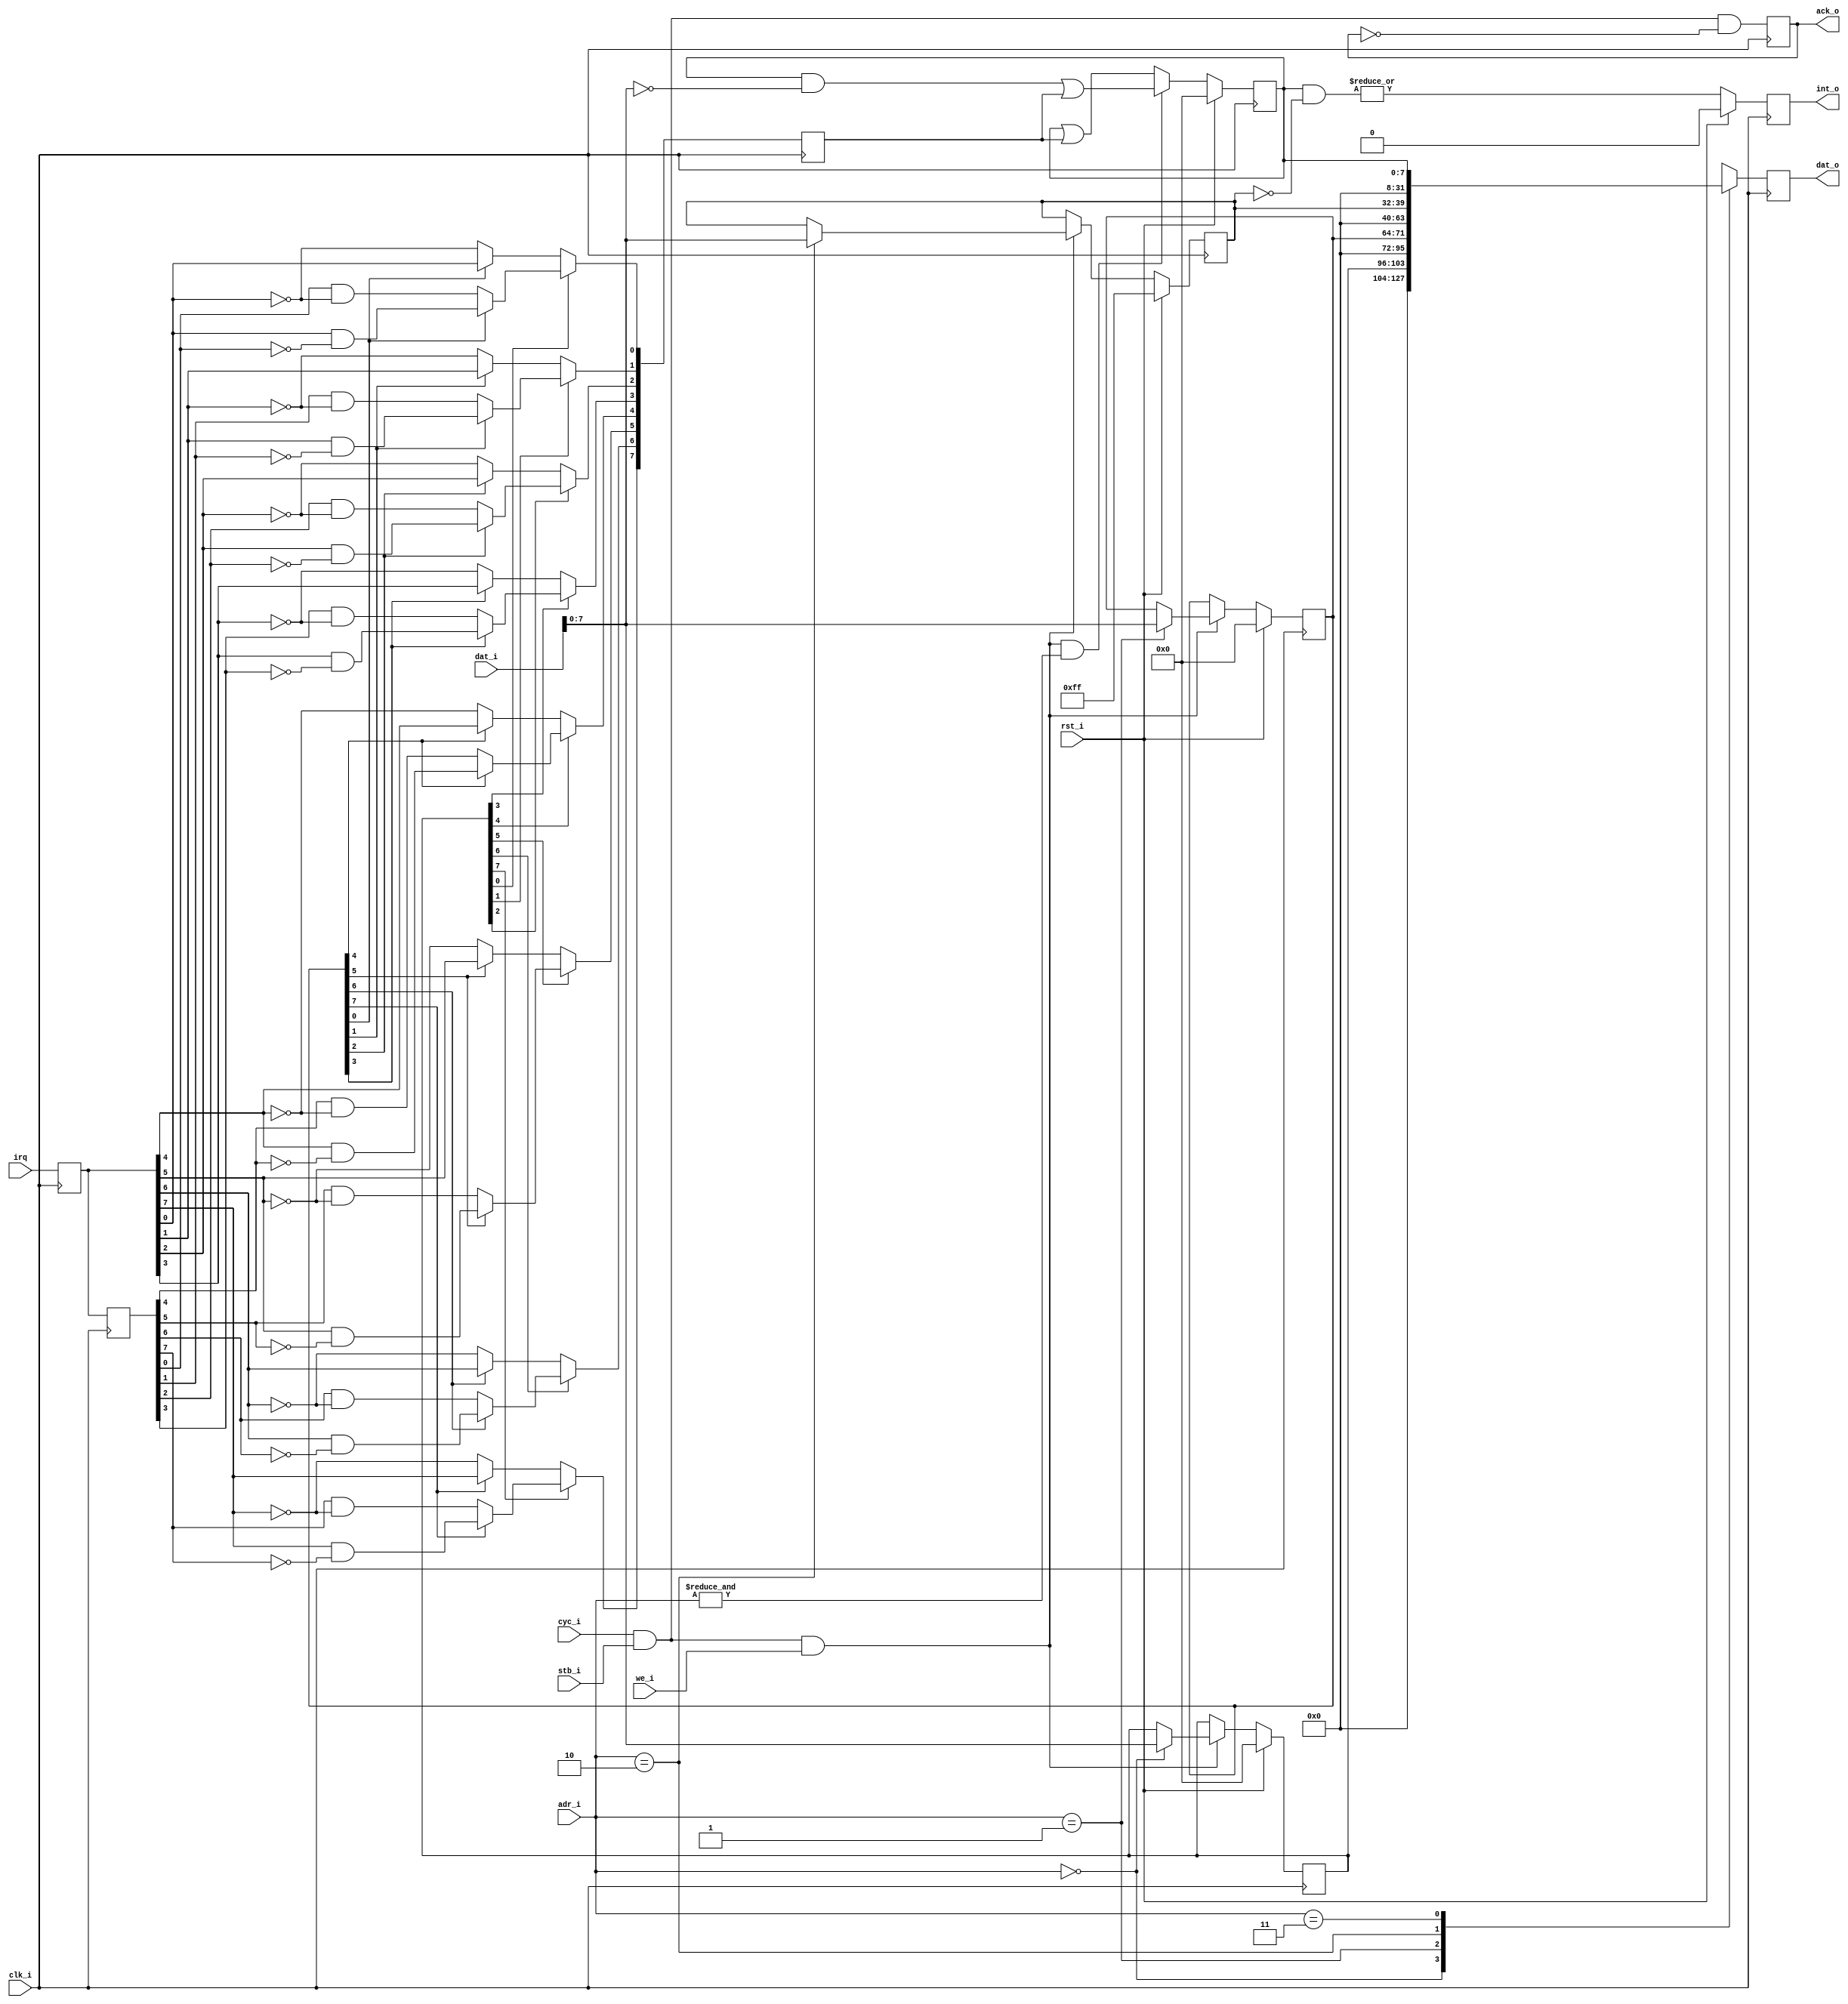

// Modified by M. Ettus, 2008 for 32 bit width

/////////////////////////////////////////////////////////////////////
////                                                             ////
////  OpenCores         Simple Programmable Interrupt Controller ////
////                                                             ////
////          richard@asics.ws                                   ////
////          www.asics.ws                                       ////
////                                                             ////
/////////////////////////////////////////////////////////////////////
////                                                             ////
//// Copyright (C) 2002 Richard Herveille                        ////
////                    richard@asics.ws                         ////
////                                                             ////
//// This source file may be used and distributed without        ////
//// restriction provided that this copyright statement is not   ////
//// removed from the file and that any derivative work contains ////
//// the original copyright notice and the associated disclaimer.////
////                                                             ////
////     THIS SOFTWARE IS PROVIDED ``AS IS'' AND WITHOUT ANY     ////
//// EXPRESS OR IMPLIED WARRANTIES, INCLUDING, BUT NOT LIMITED   ////
//// TO, THE IMPLIED WARRANTIES OF MERCHANTABILITY AND FITNESS   ////
//// FOR A PARTICULAR PURPOSE. IN NO EVENT SHALL THE AUTHOR      ////
//// OR CONTRIBUTORS BE LIABLE FOR ANY DIRECT, INDIRECT,         ////
//// INCIDENTAL, SPECIAL, EXEMPLARY, OR CONSEQUENTIAL DAMAGES    ////
//// (INCLUDING, BUT NOT LIMITED TO, PROCUREMENT OF SUBSTITUTE   ////
//// GOODS OR SERVICES; LOSS OF USE, DATA, OR PROFITS; OR        ////
//// BUSINESS INTERRUPTION) HOWEVER CAUSED AND ON ANY THEORY OF  ////
//// LIABILITY, WHETHER IN  CONTRACT, STRICT LIABILITY, OR TORT  ////
//// (INCLUDING NEGLIGENCE OR OTHERWISE) ARISING IN ANY WAY OUT  ////
//// OF THE USE OF THIS SOFTWARE, EVEN IF ADVISED OF THE         ////
//// POSSIBILITY OF SUCH DAMAGE.                                 ////
////                                                             ////
/////////////////////////////////////////////////////////////////////
//
// This is a simple Programmable Interrupt Controller.
// The number of interrupts is depending on the databus size.
// There's one interrupt input per databit (i.e. 16 interrupts for a 16
// bit databus).
// All attached devices share the same CPU priority level.
//
//
//
// Registers:
//
// 0x00: EdgeEnable Register
//       bits 7:0 R/W  Edge Enable '1' = edge triggered interrupt source
//                                 '0' = level triggered interrupt source
// 0x01: PolarityRegister
//       bits 7:0 R/W Polarity     '1' = high level / rising edge
//                                 '0' = low level / falling edge
// 0x02: MaskRegister
//       bits 7:0 R/W Mask         '1' = interrupt masked (disabled)
//                                 '0' = interrupt not masked (enabled)
// 0x03: PendingRegister
//       bits 7:0 R/W Pending      '1' = interrupt pending
//                                 '0' = no interrupt pending
//
// A CPU interrupt is generated when an interrupt is pending and its
// MASK bit is cleared.
//
//
//
// HOWTO:
//
// Clearing pending interrupts:
// Writing a '1' to a bit in the interrupt pending register clears the
// interrupt. Make sure to clear the interrupt at the source before
// writing to the interrupt pending register. Otherwise the interrupt
// will be set again.
//
// Priority based interrupts:
// Upon reception of an interrupt, check the interrupt register and
// determine the highest priority interrupt. Mask all interrupts from the
// current level to the lowest level. This negates the interrupt line, and
// makes sure only interrupts with a higher level are triggered. After
// completion of the interrupt service routine, clear the interrupt source,
// the interrupt bit in the pending register, and restore the MASK register
// to it's previous state.
//
// Addapt the core for fewer interrupt sources:
// If less than 8 interrupt sources are required, than the 'is' parameter
// can be set to the amount of required interrupts. Interrupts are mapped
// starting at the LSBs. So only the 'is' LSBs per register are valid. All
// other bits (i.e. the 8-'is' MSBs) are set to zero '0'.
// Codesize is approximately linear to the amount of interrupts. I.e. using
// 4 instead of 8 interrupt sources reduces the size by approx. half.
//


module simple_pic(
  clk_i, rst_i, cyc_i, stb_i, adr_i, we_i, dat_i, dat_o, ack_o, int_o,
  irq
);
   parameter is = 8;            // Number of interrupt sources
   parameter dwidth = 32;
  //
  // Inputs & outputs
  //

  // 8bit WISHBONE bus slave interface
  input         clk_i;         // clock
  input         rst_i;         // reset (asynchronous active low)
  input         cyc_i;         // cycle
  input         stb_i;         // strobe  (cycle and strobe are the same signal)
  input  [ 2:1] adr_i;         // address
  input         we_i;          // write enable
  input  [ dwidth-1:0] dat_i;         // data output
  output [ dwidth-1:0] dat_o;         // data input
  output        ack_o;         // normal bus termination

  output        int_o;         // interrupt output

  //
  // Interrupt sources
  //
  input  [is:1] irq;           // interrupt request inputs


  //
  //  Module body
  //
  reg  [is:1] pol, edgen, pending, mask;   // register bank
  reg  [is:1] lirq, dirq;                  // latched irqs, delayed latched irqs


  //
  // perform parameter checks
  //
  // synopsys translate_off
  initial
  begin
      if(is > dwidth)
        $display("simple_pic: max number of interrupts = data bus width.");
  end
  // synopsys translate_on

  //
  // latch interrupt inputs
  always @(posedge clk_i)
    lirq <= #1 irq;

  //
  // generate delayed latched irqs
  always @(posedge clk_i)
    dirq <= #1 lirq;


  //
  // generate actual triggers
  function trigger;
    input edgen, pol, lirq, dirq;

    reg   edge_irq, level_irq;
  begin
      edge_irq  = pol ? (lirq & ~dirq) : (dirq & ~lirq);
      level_irq = pol ? lirq : ~lirq;

      trigger = edgen ? edge_irq : level_irq;
  end
  endfunction

  reg  [is:1] irq_event;
  integer n;
  always @(posedge clk_i)
    for(n=1; n<=is; n=n+1)
      irq_event[n] <= #1 trigger(edgen[n], pol[n], lirq[n], dirq[n]);

  //
  // generate wishbone register bank writes
  wire wb_acc = cyc_i & stb_i;                   // WISHBONE access
  wire wb_wr  = wb_acc & we_i;                   // WISHBONE write access

  always @(posedge clk_i)
    if (rst_i)
      begin
          pol   <= #1 {is{1'b0}};              // clear polarity register
          edgen <= #1 {is{1'b0}};              // clear edge enable register
          mask  <= #1 {is{1'b1}};              // mask all interrupts
      end
    else if(wb_wr)                               // wishbone write cycle??
      case (adr_i) // synopsys full_case parallel_case
        2'b00: edgen <= #1 dat_i[is-1:0];        // EDGE-ENABLE register
        2'b01: pol   <= #1 dat_i[is-1:0];        // POLARITY register
        2'b10: mask  <= #1 dat_i[is-1:0];        // MASK register
        2'b11: ;                                 // PENDING register is a special case (see below)
      endcase


    // pending register is a special case
    always @(posedge clk_i)
      if (rst_i)
          pending <= #1 {is{1'b0}};            // clear all pending interrupts
      else if ( wb_wr & (&adr_i) )
          pending <= #1 (pending & ~dat_i[is-1:0]) | irq_event;
      else
          pending <= #1 pending | irq_event;

    //
    // generate dat_o
    reg [dwidth-1:0] dat_o;
    always @(posedge clk_i)
      case (adr_i) // synopsys full_case parallel_case
        2'b00: dat_o <= #1 { {(dwidth-is){1'b0}}, edgen};
        2'b01: dat_o <= #1 { {(dwidth-is){1'b0}}, pol};
        2'b10: dat_o <= #1 { {(dwidth-is){1'b0}}, mask};
        2'b11: dat_o <= #1 { {(dwidth-is){1'b0}}, pending};
      endcase

   //
   // generate ack_o
   reg ack_o;
   always @(posedge clk_i)
     ack_o <= #1 wb_acc & !ack_o;

  //
  // generate CPU interrupt signal
  reg int_o;
  always @(posedge clk_i)
    if(rst_i)
      int_o <= #1 0;
    else
      int_o <= #1 |(pending & ~mask);

endmodule